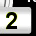
Digit: 2